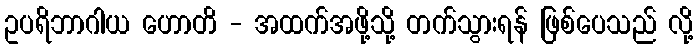
ဥပရိဘာဂါယ ဟောတိ - အထက်အဖို့သို့ တက်သွားရန် ဖြစ်ပေသည် လို့